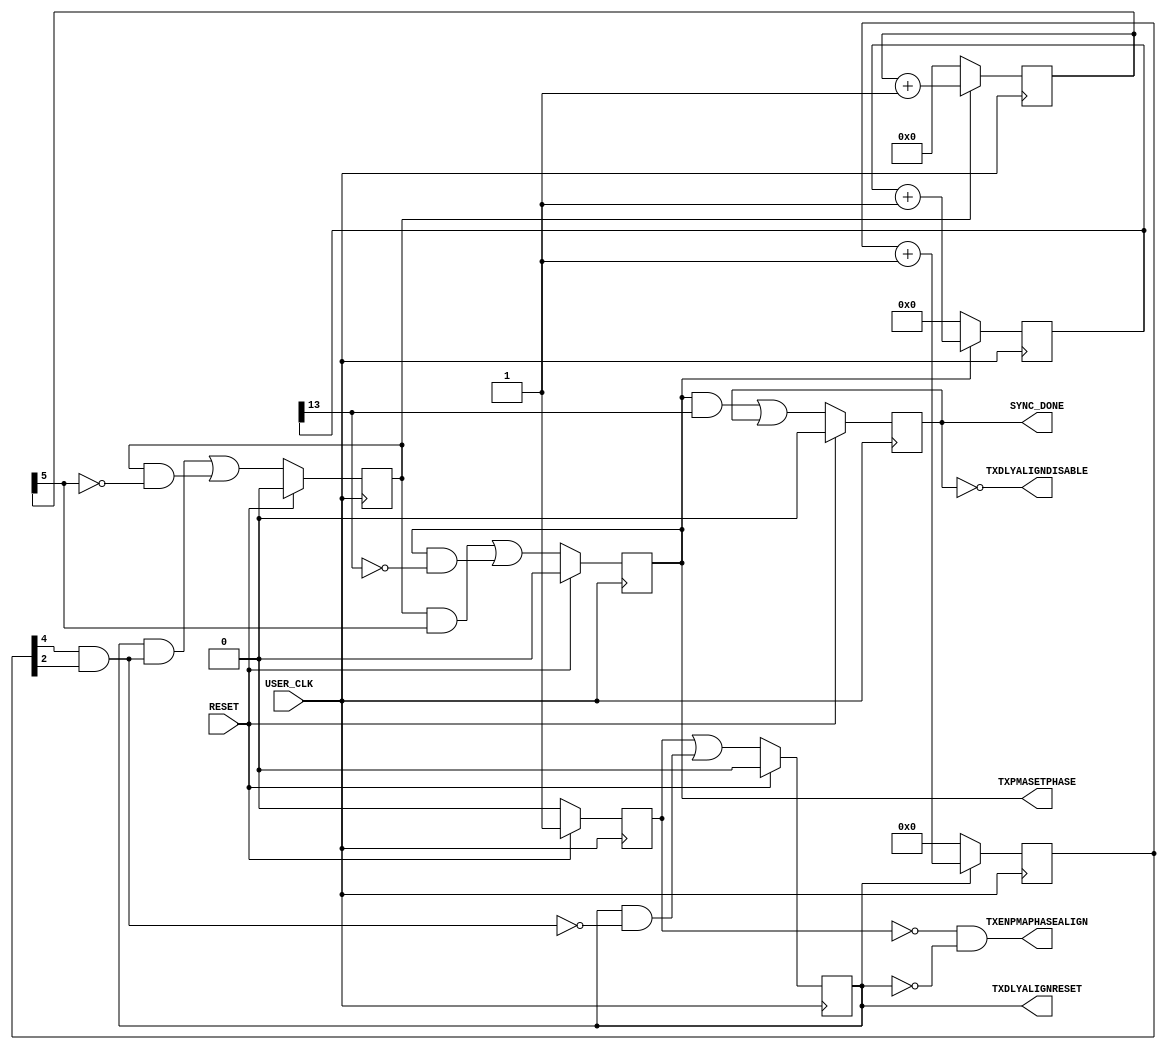
///////////////////////////////////////////////////////////////////////////////
//   ____  ____
//  /   /\/   /
// /___/  \  /    Vendor: Xilinx 
// \   \   \/     Version : 1.8
//  \   \         Application : Virtex-6 FPGA GTX Transceiver Wizard
//  /   /         Filename : tx_sync.v
// /___/   /\     Timestamp : 
// \   \  /  \ 
//  \___\/\___\
//
//
// Module TX_SYNC
// Generated by Xilinx Virtex-6 FPGA GTX Transceiver Wizard
// 
// 
// (c) Copyright 2009-2010 Xilinx, Inc. All rights reserved.
// 
// This file contains confidential and proprietary information
// of Xilinx, Inc. and is protected under U.S. and
// international copyright and other intellectual property
// laws.
// 
// DISCLAIMER
// This disclaimer is not a license and does not grant any
// rights to the materials distributed herewith. Except as
// otherwise provided in a valid license issued to you by
// Xilinx, and to the maximum extent permitted by applicable
// law: (1) THESE MATERIALS ARE MADE AVAILABLE "AS IS" AND
// WITH ALL FAULTS, AND XILINX HEREBY DISCLAIMS ALL WARRANTIES
// AND CONDITIONS, EXPRESS, IMPLIED, OR STATUTORY, INCLUDING
// BUT NOT LIMITED TO WARRANTIES OF MERCHANTABILITY, NON-
// INFRINGEMENT, OR FITNESS FOR ANY PARTICULAR PURPOSE; and
// (2) Xilinx shall not be liable (whether in contract or tort,
// including negligence, or under any other theory of
// liability) for any loss or damage of any kind or nature
// related to, arising under or in connection with these
// materials, including for any direct, or any indirect,
// special, incidental, or consequential loss or damage
// (including loss of data, profits, goodwill, or any type of
// loss or damage suffered as a result of any action brought
// by a third party) even if such damage or loss was
// reasonably foreseeable or Xilinx had been advised of the
// possibility of the same.
// 
// CRITICAL APPLICATIONS
// Xilinx products are not designed or intended to be fail-
// safe, or for use in any application requiring fail-safe
// performance, such as life-support or safety devices or
// systems, Class III medical devices, nuclear facilities,
// applications related to the deployment of airbags, or any
// other applications that could lead to death, personal
// injury, or severe property or environmental damage
// (individually and collectively, "Critical
// Applications"). Customer assumes the sole risk and
// liability of any use of Xilinx products in Critical
// Applications, subject only to applicable laws and
// regulations governing limitations on product liability.
// 
// THIS COPYRIGHT NOTICE AND DISCLAIMER MUST BE RETAINED AS
// PART OF THIS FILE AT ALL TIMES. 


`timescale 1ns / 1ps
`define DLY #1

module TX_SYNC #
(
    parameter       SIM_TXPMASETPHASE_SPEEDUP   = 0
)
(
    output          TXENPMAPHASEALIGN,
    output          TXPMASETPHASE,
    output          TXDLYALIGNDISABLE,
    output          TXDLYALIGNRESET,
    output          SYNC_DONE,
    input           USER_CLK,
    input           RESET
);


//*******************************Register Declarations************************

    reg            begin_r;
    reg            phase_align_r;
    reg            ready_r;
    reg   [15:0]   sync_counter_r;
    reg   [5:0]    wait_before_setphase_counter_r;
    reg   [4:0]    align_reset_counter_r;
    reg            align_reset_r;
    reg            wait_before_setphase_r;
    
//*******************************Wire Declarations****************************
    
    wire           count_setphase_complete_r;
    wire           count_32_complete_r;
    wire           count_align_reset_complete_r;
    wire           next_phase_align_c;
    wire           next_ready_c;
    wire           next_align_reset_c;
    wire           next_wait_before_setphase_c;

//*******************************Main Body of Code****************************

    //________________________________ State machine __________________________
    // This state machine manages the TX phase alignment procedure of the GTX.
    // The module is held in reset till TXRESETDONE is asserted. Once TXRESETDONE 
    // is asserted, the state machine goes into the align_reset_r state, asserting
    // TXDLYALIGNRESET for 20 TXUSRCLK2 cycles. After this, it goes into the 
    // wait_before_setphase_r state for 32 cycles. After asserting TXENPMAPHASEALIGN and 
    // waiting 32 cycles, it goes into the phase_align_r state where the last 
    // part of the alignment procedure is completed. This involves asserting 
    // TXPMASETPHASE for 8192 (TXPLL_DIVSEL_OUT=1), 16384 (TXPLL_DIVSEL_OUT=2), 
    // or 32768 (TXPLL_DIVSEL_OUT=4) clock cycles. After completion of the phase 
    // alignment procedure, TXDLYALIGNDISABLE is deasserted.
    
    // State registers
    always @(posedge USER_CLK)
        if(RESET)
            {begin_r,align_reset_r,wait_before_setphase_r,phase_align_r,ready_r}  <=  `DLY    5'b10000;
        else
        begin
            begin_r                <=  `DLY    1'b0;
            align_reset_r          <=  `DLY    next_align_reset_c;
            wait_before_setphase_r <=  `DLY    next_wait_before_setphase_c;
            phase_align_r          <=  `DLY    next_phase_align_c;
            ready_r                <=  `DLY    next_ready_c;
        end

    // Next state logic    
    assign  next_align_reset_c          =   begin_r |
                                            (align_reset_r & !count_align_reset_complete_r);
    
    assign  next_wait_before_setphase_c =   (align_reset_r & count_align_reset_complete_r) |
                                            (wait_before_setphase_r & !count_32_complete_r);
                                        
    assign  next_phase_align_c          =   (wait_before_setphase_r & count_32_complete_r) |
                                            (phase_align_r & !count_setphase_complete_r);
                                        
    assign  next_ready_c                =   (phase_align_r & count_setphase_complete_r) |
                                            ready_r;

    //______ Counter for holding TXDLYALIGNRESET for 20 TXUSRCLK2 cycles ______
    always @(posedge USER_CLK)
    begin
        if (!align_reset_r)
            align_reset_counter_r <= `DLY 5'b00000;
        else
            align_reset_counter_r <= `DLY align_reset_counter_r +1'b1;
    end
    
    assign count_align_reset_complete_r = align_reset_counter_r[4]
                                        & align_reset_counter_r[2];

    //_______ Counter for waiting 32 clock cycles before TXPMASETPHASE ________
    always @(posedge USER_CLK)
    begin
        if (!wait_before_setphase_r)
           wait_before_setphase_counter_r  <= `DLY  6'b000000;
        else
           wait_before_setphase_counter_r  <= `DLY  wait_before_setphase_counter_r + 1'b1;
    end

    assign count_32_complete_r = wait_before_setphase_counter_r[5];

    //_______________ Counter for holding SYNC for SYNC_CYCLES ________________
    always @(posedge USER_CLK)
    begin
        if (!phase_align_r)
            sync_counter_r <= `DLY  16'h0000;
        else
            sync_counter_r <= `DLY  sync_counter_r + 1'b1;
    end

generate
if(SIM_TXPMASETPHASE_SPEEDUP==1)
begin:fast_simulation
    // 64 cycles of setphase for simulation 
    assign count_setphase_complete_r = sync_counter_r[6];
end
else
begin:no_fast_simulation
    // 8192 cycles of setphase for output divider of 1
    assign count_setphase_complete_r = sync_counter_r[13];
end
endgenerate

    //_______________ Assign the phase align ports into the GTX _______________

    assign TXDLYALIGNRESET   = align_reset_r;
    assign TXENPMAPHASEALIGN = !begin_r & !align_reset_r;
    assign TXPMASETPHASE     = phase_align_r;
    assign TXDLYALIGNDISABLE = !ready_r;

    //_______________________ Assign the sync_done port _______________________
    
    assign SYNC_DONE = ready_r;
    
    
endmodule